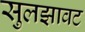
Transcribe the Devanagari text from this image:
सुलझावट